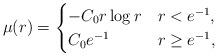
LaTeX: \begin{align*}\mu(r) =\begin{cases}- C_0r \log r & r < e^{-1}, \\C_0 e^{-1} & r \ge e^{-1},\end{cases}\end{align*}